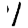
Digit: 1